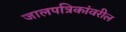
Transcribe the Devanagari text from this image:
जालपत्रिकांवरील